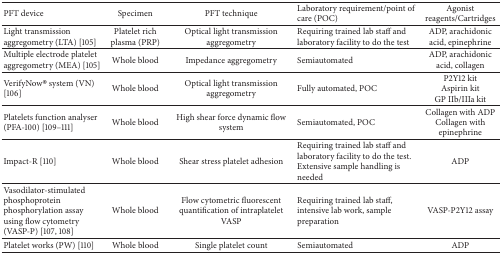
<table><thead><tr><td><b>PFT device</b></td><td><b>Specimen</b></td><td><b>PFT technique</b></td><td><b>Laboratory requirement/point of care (POC)</b></td><td><b>Agonist reagents/Cartridges</b></td></tr></thead><tbody><tr><td>Light transmission aggregometry (LTA) [105]</td><td>Platelet rich plasma (PRP)</td><td>Optical light transmission aggregometry</td><td>Requiring trained lab staff and laboratory facility to do the test</td><td>ADP, arachidonic acid, epinephrine</td></tr><tr><td>Multiple electrode platelet aggregometry (MEA) [105]</td><td>Whole blood</td><td>Impedance aggregometry</td><td>Semiautomated</td><td>ADP, arachidonic acid, collagen</td></tr><tr><td>VerifyNow® system (VN) [106]</td><td>Whole blood</td><td>Optical light transmission aggregometry</td><td>Fully automated, POC</td><td>P2Y12 kitAspirin kitGP IIb/IIIa kit</td></tr><tr><td>Platelets function analyser (PFA-100) [109–111]</td><td>Whole blood</td><td>High shear force dynamic flow system</td><td>Semiautomated, POC</td><td>Collagen with ADPCollagen with epinephrine</td></tr><tr><td>Impact-R [110]</td><td>Whole blood</td><td>Shear stress platelet adhesion</td><td>Requiring trained lab staff and laboratory facility to do the test. Extensive sample handling is needed</td><td>ADP</td></tr><tr><td>Vasodilator-stimulated phosphoprotein phosphorylation assay using flow cytometry (VASP-P) [107, 108]</td><td>Whole blood</td><td>Flow cytometric fluorescent quantification of intraplatelet VASP</td><td>Requiring trained lab staff, intensive lab work, sample preparation</td><td>VASP-P2Y12 assay</td></tr><tr><td>Platelet works (PW) [110]</td><td>Whole blood</td><td>Single platelet count</td><td>Semiautomated</td><td>ADP</td></tr></tbody></table>